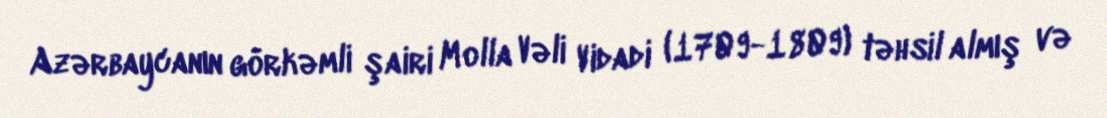
Azərbaycanın görkəmli şairi Molla Vəli Vidadi (1709-1809) təhsil almış və